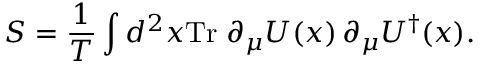
S = { \frac { 1 } { T } } \int d ^ { 2 } x \mathrm { T r } \; \partial _ { \mu } U ( x ) \, \partial _ { \mu } U ^ { \dagger } ( x ) .